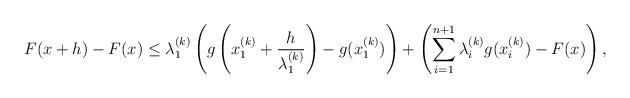
LaTeX: \begin{align*}F(x+h)-F(x)\leq \lambda_{1}^{(k)}\left(g\left(x_{1}^{(k)}+\frac{h}{\lambda_{1}^{(k)}}\right)-g(x_{1}^{(k)})\right) +\left(\sum_{i=1}^{n+1}\lambda_{i}^{(k)}g(x_{i}^{(k)}) -F(x)\right),\end{align*}